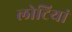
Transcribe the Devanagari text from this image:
लोटियां